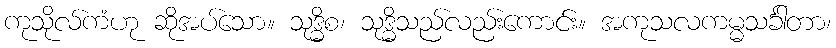
ကုသိုလ်ကံဟု ဆိုအပ်သော။ သုဒ္ဓိစ၊ သုဒ္ဓိသည်လည်းကောင်း။ အကုသလကမ္မသင်္ခါတာ၊